Report of the Indian Hemp Drugs Commission, 1894-1895 - Volume III
Year: 1894
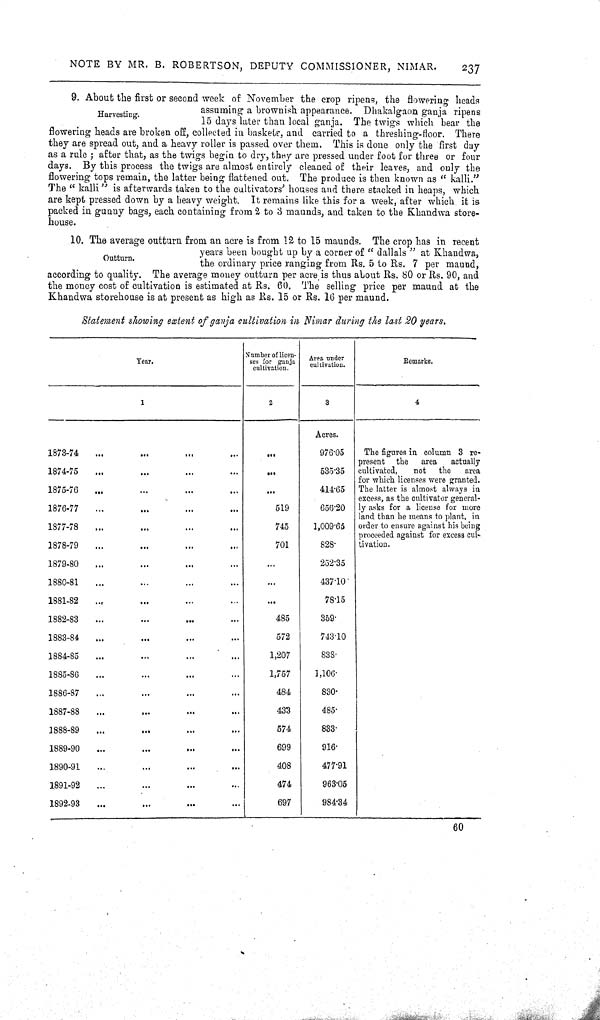
NOTE BY MR. B. ROBERTSON, DEPUTY COMMISSIONER, NIMAR.
237
Harvesting.
9. About the first or second week of November the crop ripens, the flowering heads
assuming a brownish appearance. Dhakalgaon ganja ripens
15 days later than local ganja. The twigs which bear the
flowering heads are broken off, collected in baskets, and carried to a threshing-floor. There
they are spread out, and a heavy roller is passed over them. This is done only the first day
as a rule; after that, as the twigs begin to dry, they are pressed under foot for three or four
days. By this process the twigs are almost entirely cleaned of their leaves, and only the
flowering tops remain, the latter being flattened out. The produce is then known as " kalli."
The "kalli" is afterwards taken to the cultivators' houses and there stacked in heaps, which
are kept pressed down by a heavy weight. It remains like this for a week, after which it is
packed in gunny bags, each containing from 2 to 3 maunds, and taken to the Khandwa store-
house.
Outturn.
10. The average outturn from an acre is from 12 to 15 maunds. The crop has in recent
years been bought up by a corner of "dallals" at Khandwa,
the ordinary price ranging from Rs. 5 to Rs. 7 per maund,
according to quality. The average money outturn per acre is thus about Rs. 80 or Rs. 90, and
the money cost of cultivation is estimated at Rs. 60. The selling price per maund at the
Khandwa storehouse is at present as high as Rs. 15 or Rs. 16 per maund.
Statement showing extent of ganja cultivation in Nimar during the last 20 years.
Year.
Number of licen-
ses for ganja
cultivation.
Area under
cultivation.
Remarks.
1
2
3
4
Acres.
1873-74
976.05
The figures in column 3 re-
present the area
actually
cultivated,
not the area
for which licenses were granted.
The latter is almost always in excess,
ly asks for a license for more
land than he means to plant, in
order to ensure against his being
proceeded against for excess cul-
tivation.
1874-75
535.35
The figures in column 3 re-
present the area
actually
cultivated,
not the area
for which licenses were granted.
The latter is almost always in excess,
ly asks for a license for more
land than he means to plant, in
order to ensure against his being
proceeded against for excess cul-
tivation.
1875-76
414.65
The figures in column 3 re-
present the area
actually
cultivated,
not the area
for which licenses were granted.
The latter is almost always in excess,
ly asks for a license for more
land than he means to plant, in
order to ensure against his being
proceeded against for excess cul-
tivation.
1876-77
519
656.20
The figures in column 3 re-
present the area
actually
cultivated,
not the area
for which licenses were granted.
The latter is almost always in excess,
ly asks for a license for more
land than he means to plant, in
order to ensure against his being
proceeded against for excess cul-
tivation.
1877-78
745
1,009.65
The figures in column 3 re-
present the area
actually
cultivated,
not the area
for which licenses were granted.
The latter is almost always in excess,
ly asks for a license for more
land than he means to plant, in
order to ensure against his being
proceeded against for excess cul-
tivation.
1878-79
701
828.
The figures in column 3 re-
present the area
actually
cultivated,
not the area
for which licenses were granted.
The latter is almost always in excess,
ly asks for a license for more
land than he means to plant, in
order to ensure against his being
proceeded against for excess cul-
tivation.
1879-80
252.35
1880-81
437.10
1881-82
78.15
1882-83
485
359.
1883-84
572
743.10
1884-85
1,207
838.
1885-86
1,757
1,106.
1886-87
484
830.
1887-88
433
485.
1888-89
574
833.
1889-90
699
916.
1890-91
408
477.91
1891-92
474
963.05
1892-93
697
984.34
60